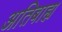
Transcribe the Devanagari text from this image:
अतिबाह्य